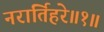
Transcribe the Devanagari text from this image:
नरार्तिहरे॥१॥